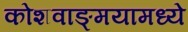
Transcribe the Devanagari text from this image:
कोशवाङ्मयामध्ये